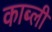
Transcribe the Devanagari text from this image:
काब्ली